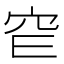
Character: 𥤫